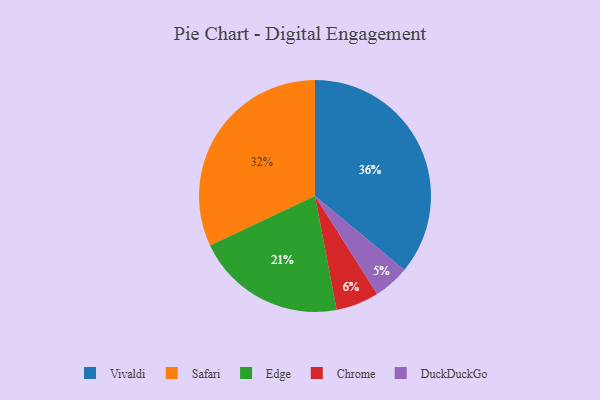
{"axis": {"x": "Category", "y": "Percentage"}, "legend": ["Chrome", "DuckDuckGo", "Edge", "Safari", "Vivaldi"], "data": [{"x": "Chrome", "y": 6, "type": "Chrome"}, {"x": "Vivaldi", "y": 36, "type": "Vivaldi"}, {"x": "Edge", "y": 21, "type": "Edge"}, {"x": "DuckDuckGo", "y": 5, "type": "DuckDuckGo"}, {"x": "Safari", "y": 32, "type": "Safari"}]}